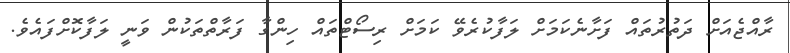
ރާއްޖެއަށް ދަތުރުތައް ފަށާނެކަމަށް ލަފާކުރެވޭ ކަމަށް ރިސޯޓްތައް ހިންގާ ފަރާތްތަކުން ވަނީ ލަފާކޮށްފައެވެ.